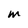
Character: M